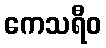
ကေသရီဝ